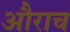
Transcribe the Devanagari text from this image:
औराच